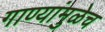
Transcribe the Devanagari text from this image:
गाण्यांमुळेच